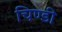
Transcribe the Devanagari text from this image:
चिण्डी